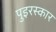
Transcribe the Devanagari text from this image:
पुइरस्कार